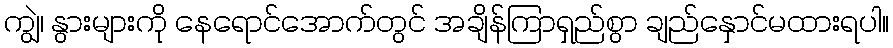
ကျွဲ၊ နွားများကို နေရောင်အောက်တွင် အချိန်ကြာရှည်စွာ ချည်နှောင်မထားရပါ။